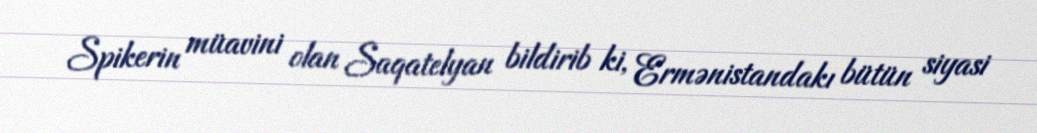
Spikerin müavini olan Saqatelyan bildirib ki, Ermənistandakı bütün siyasi